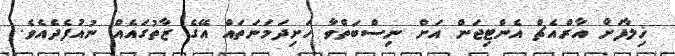
ޚިލާފަށް އާރްއެޗް އެންޓިޖަން އަށް ނިސްބަތްވާ ހަށިދަމަނަތައް އޭގެ ޒާތުގައެއް ނުއުފެދެއެވެ.